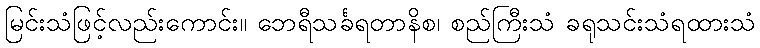
မြင်းသံဖြင့်လည်းကောင်း။ ဘေရီသင်္ခရတာနိစ၊ စည်ကြီးသံ ခရုသင်းသံရထားသံ